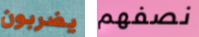
يضربون نصفهم